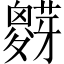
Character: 𱾷